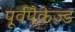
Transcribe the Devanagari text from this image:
पूर्वपैकेज्ड